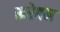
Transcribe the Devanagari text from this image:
फ़रेबम